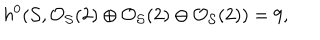
h ^ { 0 } ( { \cal S } , { \cal O } _ { { \cal S } } ( 2 ) \oplus { \cal O } _ { { \cal S } } ( 2 ) \oplus { \cal O } _ { { \cal S } } ( 2 ) ) = 9 ,